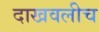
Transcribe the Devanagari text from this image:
दाखवलीच